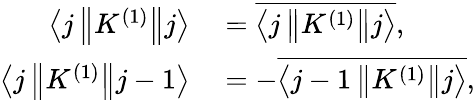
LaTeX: \begin{array}{rl}{\left\langle j\left\| K^{(1)}\right\| j\right\rangle}&{{}={\overline{{\left\langle j\left\| K^{(1)}\right\| j\right\rangle}}},}\\ {\left\langle j\left\| K^{(1)}\right\| j-1\right\rangle}&{{}=-{\overline{{\left\langle j-1\left\| K^{(1)}\right\| j\right\rangle}}},}\end{array}